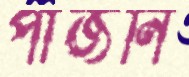
পাজনি